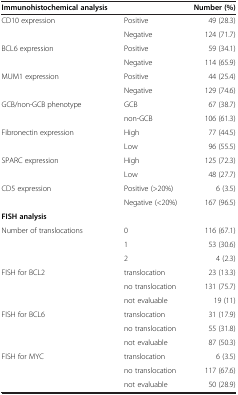
<table><thead><tr><td><b>Immunohistochemical analysis</b></td><td><b> </b></td><td><b>Number (%)</b></td></tr></thead><tbody><tr><td>CD10 expression</td><td>Positive</td><td>49 (28.3)</td></tr><tr><td> </td><td>Negative</td><td>124 (71.7)</td></tr><tr><td>BCL6 expression</td><td>Positive</td><td>59 (34.1)</td></tr><tr><td> </td><td>Negative</td><td>114 (65.9)</td></tr><tr><td>MUM1 expression</td><td>Positive</td><td>44 (25.4)</td></tr><tr><td> </td><td>Negative</td><td>129 (74.6)</td></tr><tr><td>GCB/non-GCB phenotype</td><td>GCB</td><td>67 (38.7)</td></tr><tr><td> </td><td>non-GCB</td><td>106 (61.3)</td></tr><tr><td>Fibronectin expression</td><td>High</td><td>77 (44.5)</td></tr><tr><td> </td><td>Low</td><td>96 (55.5)</td></tr><tr><td>SPARC expression</td><td>High</td><td>125 (72.3)</td></tr><tr><td> </td><td>Low</td><td>48 (27.7)</td></tr><tr><td>CD5 expression</td><td>Positive (&gt;20%)</td><td>6 (3.5)</td></tr><tr><td> </td><td>Negative (&lt;20%)</td><td>167 (96.5)</td></tr><tr><td><b>FISH analysis</b></td><td> </td><td> </td></tr><tr><td>Number of translocations</td><td>0</td><td>116 (67.1)</td></tr><tr><td> </td><td>1</td><td>53 (30.6)</td></tr><tr><td> </td><td>2</td><td>4 (2.3)</td></tr><tr><td>FISH for BCL2</td><td>translocation</td><td>23 (13.3)</td></tr><tr><td> </td><td>no translocation</td><td>131 (75.7)</td></tr><tr><td> </td><td>not evaluable</td><td>19 (11)</td></tr><tr><td>FISH for BCL6</td><td>translocation</td><td>31 (17.9)</td></tr><tr><td> </td><td>no translocation</td><td>55 (31.8)</td></tr><tr><td> </td><td>not evaluable</td><td>87 (50.3)</td></tr><tr><td>FISH for MYC</td><td>translocation</td><td>6 (3.5)</td></tr><tr><td> </td><td>no translocation</td><td>117 (67.6)</td></tr><tr><td> </td><td>not evaluable</td><td>50 (28.9)</td></tr></tbody></table>